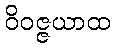
ဝိဝဇ္ဇယာထ